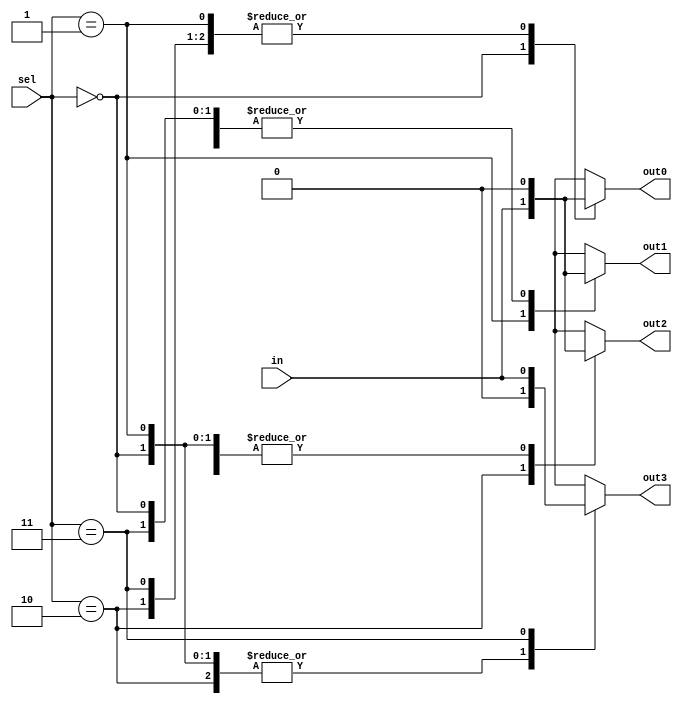
module demux(input [1:0] sel,
             input in,
             output reg out0,
             output reg out1,
             output reg out2,
             output reg out3);

    always @(*)
    begin
        case(sel)
            2'b00: begin
                out0 = in;
                out1 = 1'b0;
                out2 = 1'b0;
                out3 = 1'b0;
            end
            2'b01: begin
                out0 = 1'b0;
                out1 = in;
                out2 = 1'b0;
                out3 = 1'b0;
            end
            2'b10: begin
                out0 = 1'b0;
                out1 = 1'b0;
                out2 = in;
                out3 = 1'b0;
            end
            2'b11: begin
                out0 = 1'b0;
                out1 = 1'b0;
                out2 = 1'b0;
                out3 = in;
            end
        endcase
    end
endmodule